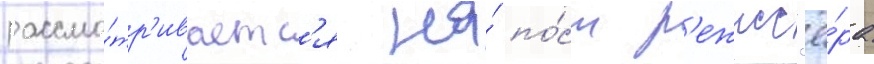
рассма́тр'иваетс'я на́ по́ст р'ежисс'ё́ра